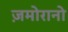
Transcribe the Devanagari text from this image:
ज़मोरानो